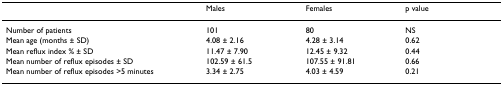
<table><thead><tr><td></td><td><b>Males</b></td><td><b>Females</b></td><td><b>p value</b></td></tr></thead><tbody><tr><td>Number of patients</td><td>101</td><td>80</td><td>NS</td></tr><tr><td>Mean age (months ± SD)</td><td>4.08 ± 2.16</td><td>4.28 ± 3.14</td><td>0.62</td></tr><tr><td>Mean reflux index % ± SD</td><td>11.47 ± 7.90</td><td>12.45 ± 9.32</td><td>0.44</td></tr><tr><td>Mean number of reflux episodes ± SD</td><td>102.59 ± 61.5</td><td>107.55 ± 91.81</td><td>0.66</td></tr><tr><td>Mean number of reflux episodes &gt;5 minutes</td><td>3.34 ± 2.75</td><td>4.03 ± 4.59</td><td>0.21</td></tr></tbody></table>